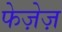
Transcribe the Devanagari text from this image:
फेज़ेज़